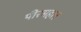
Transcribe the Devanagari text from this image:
पीरमहल